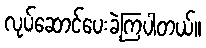
လုပ်ဆောင်ပေးခဲ့ကြပါတယ်။